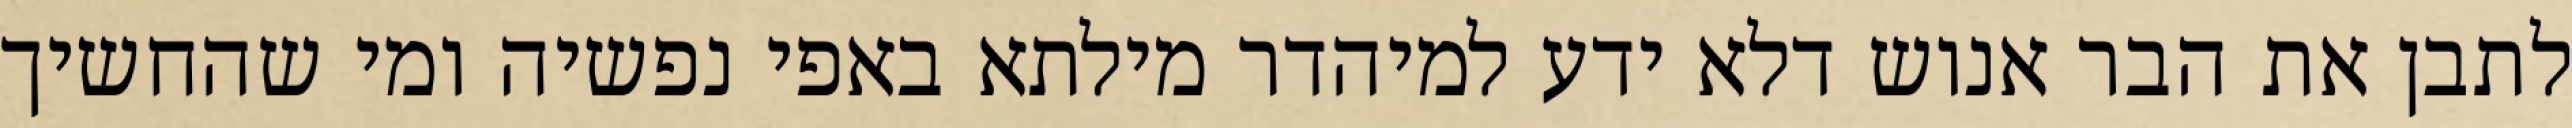
לתבן את הבר אנוש דלא ידע למיהדר מילתא באפי נפשיה ומי שהחשיך